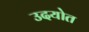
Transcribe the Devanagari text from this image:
उदयोत